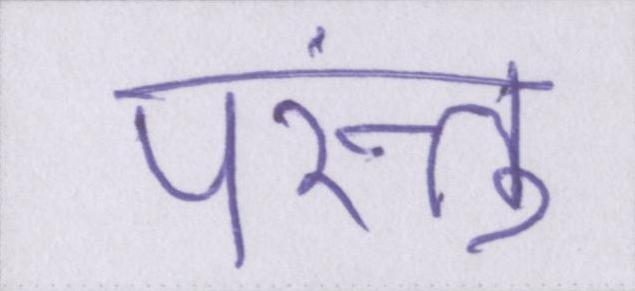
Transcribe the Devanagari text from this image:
परंन्तु